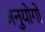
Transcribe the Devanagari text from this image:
अनुयोगों